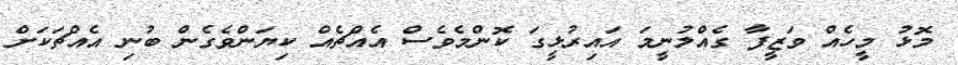
މޮޅު މީހެއް ވަޒީފާ ގެއްލުނީމަ އައިރުޅީގަ ކޮންމެވެސް އެއްޗެއް ކިޔަންވެގެން ބުނި އެއްޗަކަށް